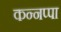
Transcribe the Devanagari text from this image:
कन्नप्पा